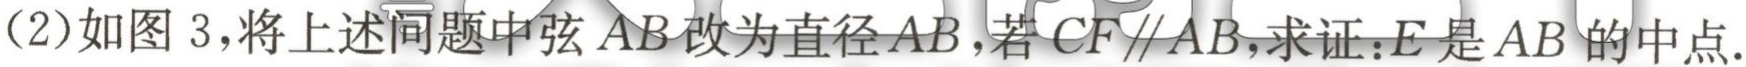
(2)如图 3，将上述问题中弦\(AB\)改为直径\(AB\)，若\(CF\parallel AB\)，求证：\(E\)是\(AB\)的中点.